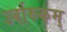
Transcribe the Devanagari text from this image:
उर्वारुकम्